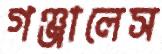
গঞ্জালেস